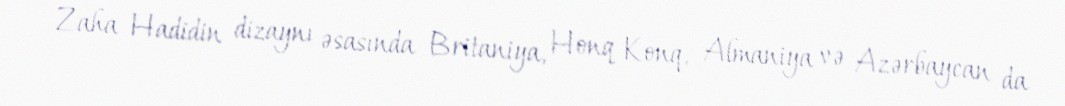
Zaha Hadidin dizaynı əsasında Britaniya, Honq Konq, Almaniya və Azərbaycan da